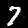
Label: 7